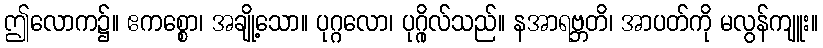
ဤလောက၌။ ဧကစ္စော၊ အချို့သော။ ပုဂ္ဂလော၊ ပုဂ္ဂိုလ်သည်။ နအာရဗ္ဘတိ၊ အာပတ်ကို မလွန်ကျူး။